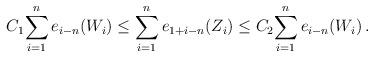
LaTeX: \begin{align*} C_1 \displaystyle{\sum_{i=1}^n e_{i-n}(W_i)} \le \displaystyle{\sum_{i=1}^n e_{1+i-n}(Z_i)} \le C_2 \displaystyle{\sum_{i=1}^n e_{i-n}(W_i)}\,. \end{align*}